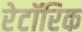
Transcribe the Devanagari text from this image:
रेटॉरिक